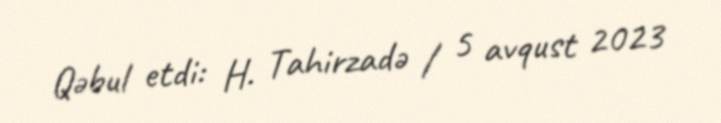
Qəbul etdi: H. Tahirzadə / 5 avqust 2023